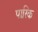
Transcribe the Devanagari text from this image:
पारिक